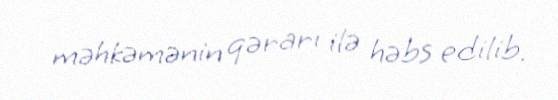
məhkəmənin qərarı ilə həbs edilib.